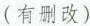
(有删改)